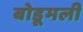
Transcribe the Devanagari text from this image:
बोडूमली